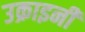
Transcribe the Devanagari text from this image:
उक्राइनी